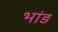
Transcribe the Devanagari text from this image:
भांड़